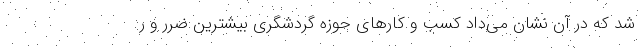
شد که در آن نشان می‌داد کسب و کارهای حوزه گردشگری بیشترین ضرر و ر